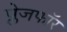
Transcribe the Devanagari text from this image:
प्लेजफॉर